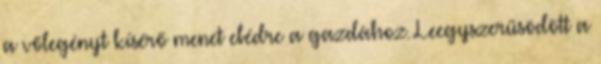
a vőlegényt kísérő menet ebédre a gazdához. Leegyszerűsödött a